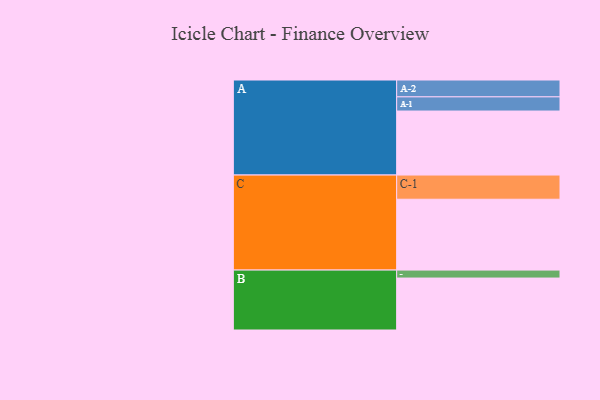
{"axis": {"x": "Segment", "y": "Value"}, "legend": ["", "A", "B", "C"], "data": [{"x": "A", "y": 505, "type": ""}, {"x": "B", "y": 410, "type": ""}, {"x": "C", "y": 559, "type": ""}, {"x": "A-1", "y": 112, "type": "A"}, {"x": "A-2", "y": 133, "type": "A"}, {"x": "B-1", "y": 63, "type": "B"}, {"x": "C-1", "y": 191, "type": "C"}]}